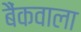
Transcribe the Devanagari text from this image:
बैंकवाला